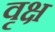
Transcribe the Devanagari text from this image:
वृक्ष